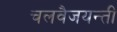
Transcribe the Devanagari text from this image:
चलवैजयन्ती